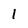
Character: 1